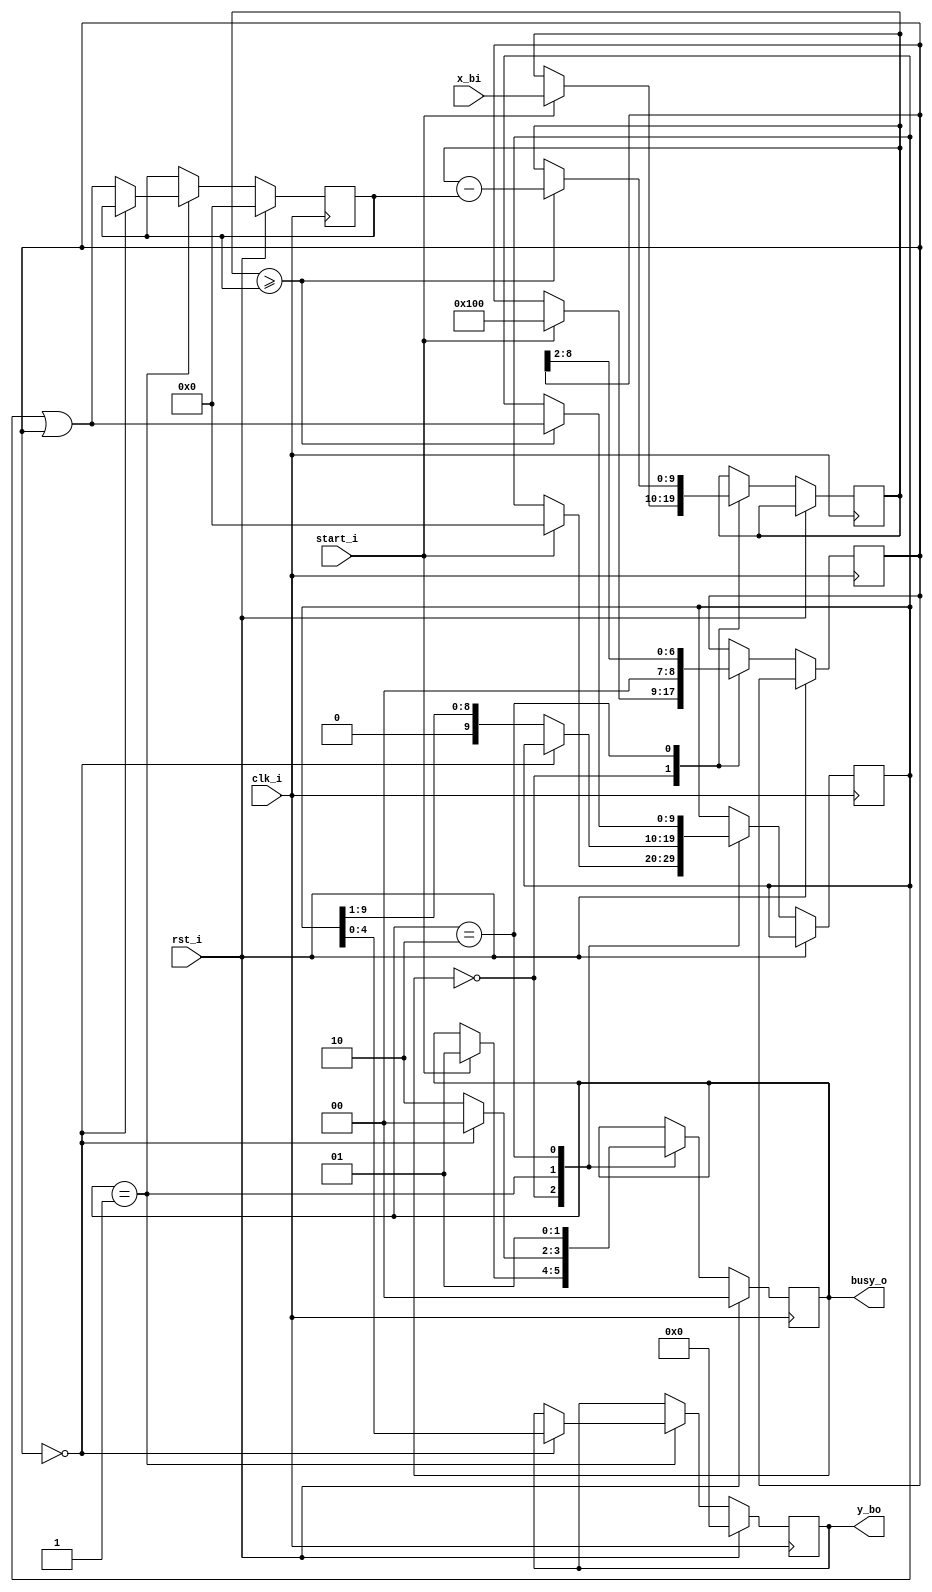
`timescale 1ns / 1ps

module root(
    input clk_i,
    input rst_i,
    input start_i,
    input [9:0] x_bi,
    output reg [4:0] y_bo,
    output [1:0] busy_o
);
    localparam IDLE = 2'h0;
    localparam FIRST_WORK = 2'h1;
    localparam SECOND_WORK = 2'h2;
    reg [9:0] x;
    reg [9:0] part_result;
    reg [9:0] b;
    reg [8:0] m;
    reg [1:0] state;
    wire end_step; 
    wire x_above_b;
    assign end_step = (m == 0);
    assign x_above_b = (x >= b);
    assign busy_o = state;
    always @(posedge clk_i)
        if (rst_i) begin
            y_bo <= 0;
            b <= 0;
            state <= IDLE;
        end else begin
            case (state)
                IDLE:
                    if (start_i) begin
                        state <= FIRST_WORK;
                        part_result <= 0;
                        x <= x_bi;
                        m <= 9'b100000000;
                    end
                FIRST_WORK:
                    begin
                        if (!end_step) begin
                           b <= part_result | m;
                           part_result <= part_result >> 1;
                           state <= SECOND_WORK; 
                        end else begin
                            y_bo <= part_result[4:0];    
                            state <= IDLE;
                        end     
                    end
                SECOND_WORK:
                    begin
                        if(x_above_b) begin
                            x <= x - b;
                            part_result = part_result | m;
                        end
                        m <= m >> 2;
                        state <= FIRST_WORK;
                    end    
            endcase
        end    
endmodule